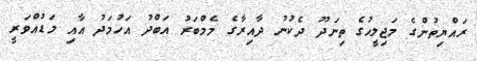
ރައްޔިތުންގެ މަޖިލީހުގެ ތިނަދޫ ދެކުނު ދާއިރާގެ މެމްބަރު އަބްދު އަހުމަދު އާއި މަޑުއްވަރީ